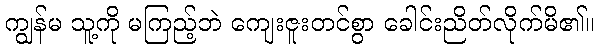
ကျွန်မ သူ့ကို မကြည့်ဘဲ ကျေးဇူးတင်စွာ ခေါင်းညိတ်လိုက်မိ၏။